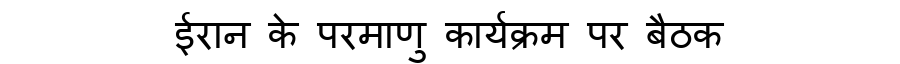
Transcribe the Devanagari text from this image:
ईरान के परमाणु कार्यक्रम पर बैठक